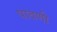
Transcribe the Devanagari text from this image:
पावणी